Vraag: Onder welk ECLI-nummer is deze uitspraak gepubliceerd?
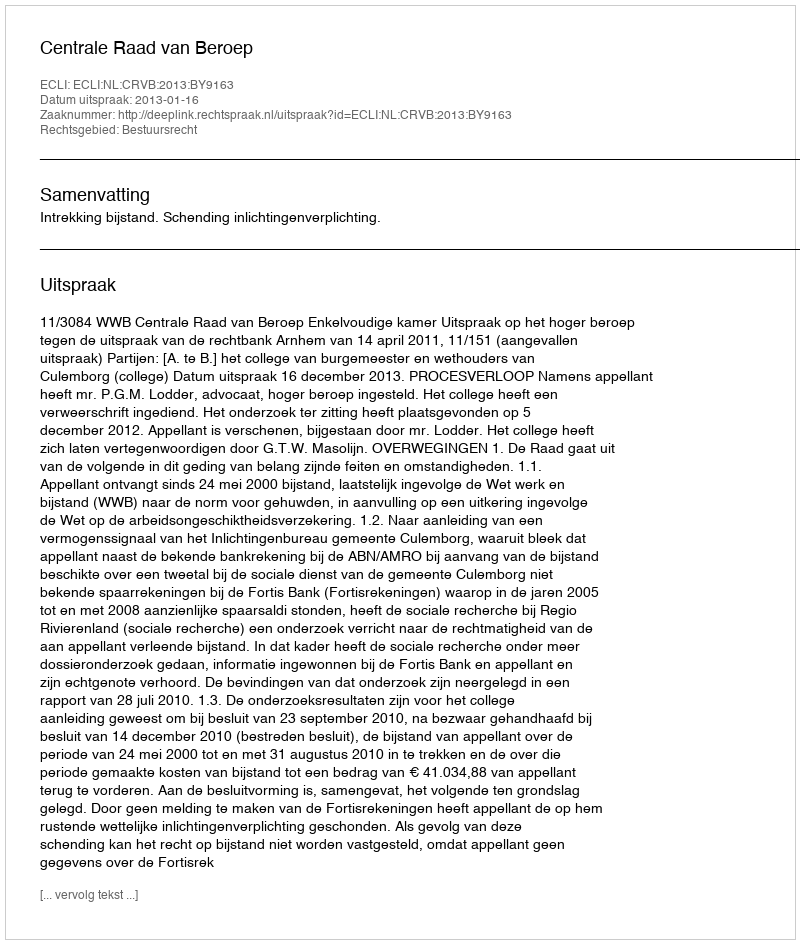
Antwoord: ECLI:NL:CRVB:2013:BY9163